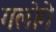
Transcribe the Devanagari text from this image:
गलोगे